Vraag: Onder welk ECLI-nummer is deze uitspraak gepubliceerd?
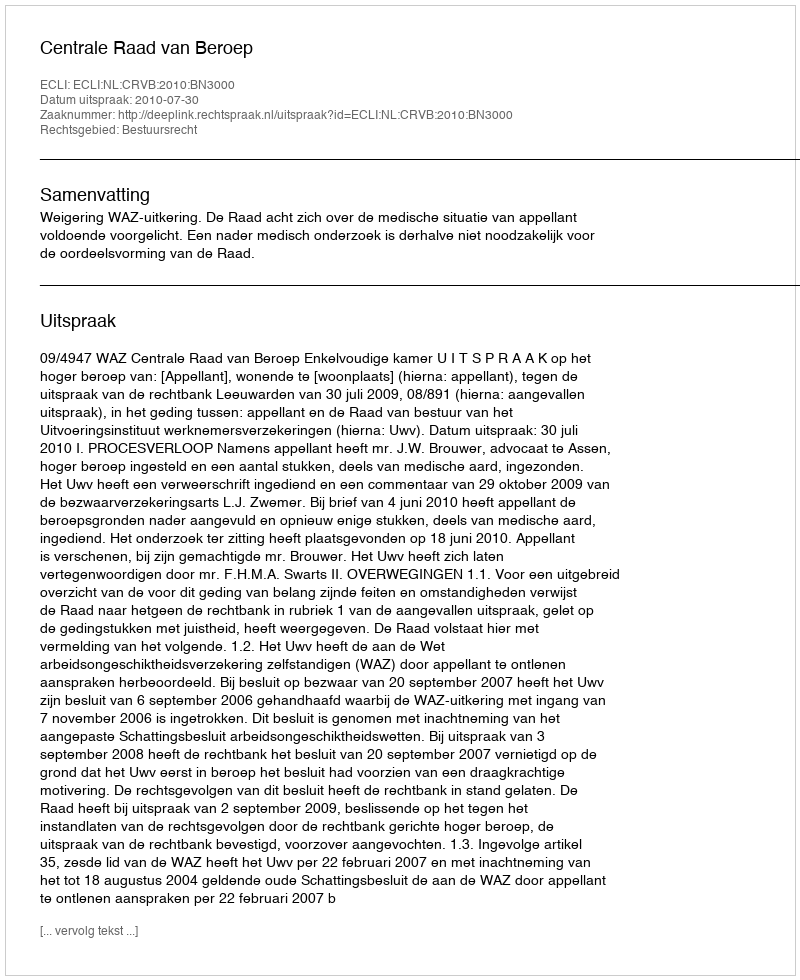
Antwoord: ECLI:NL:CRVB:2010:BN3000